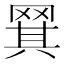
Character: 𬙡